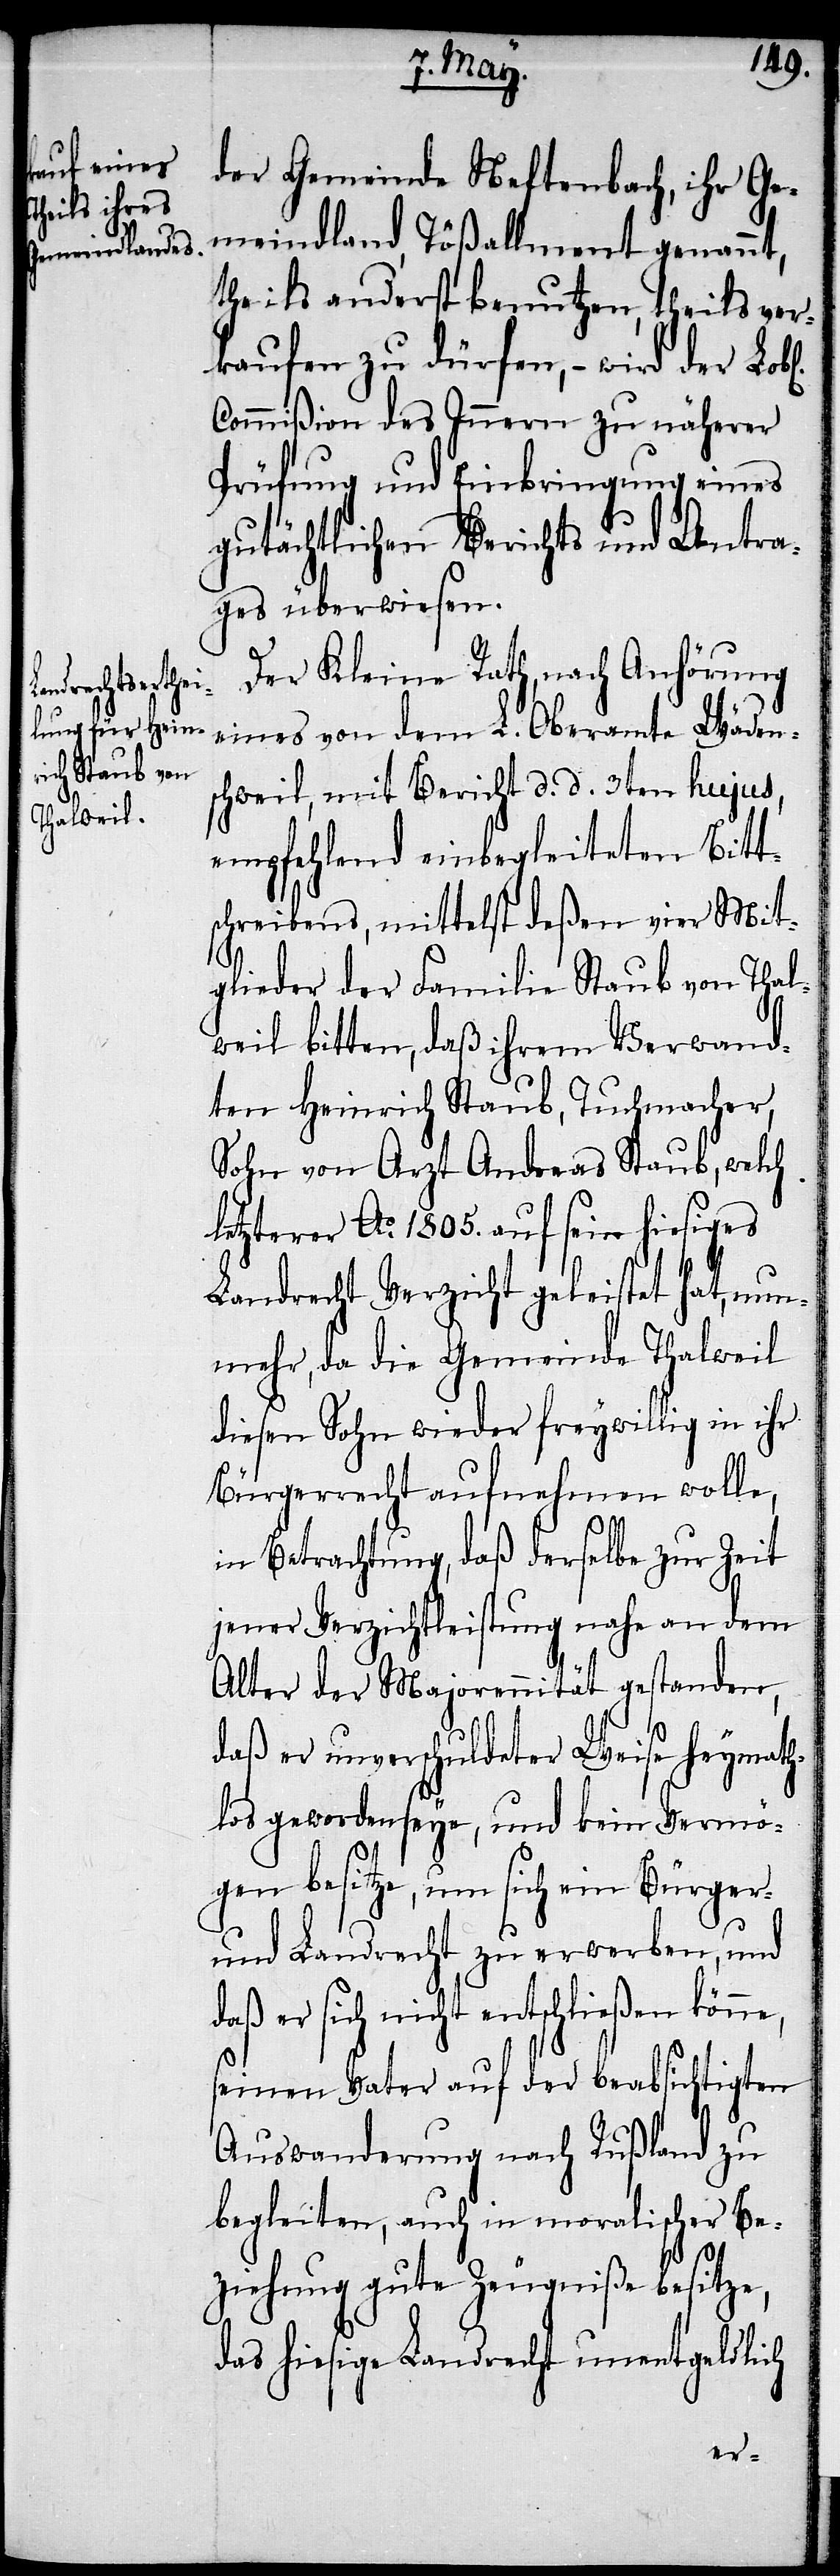
l[ichen]

der Gemeinde Neftenbach, ihr Ge¬
meindland Tößallment genannt,
theils anderst benutzen, theils ver¬
kaufen zu dürfen, – wird der Lob¬
Commißion des Innern zu näherer
Prüfung und Einbringung eines
gutächtlichen Berichts und Antra¬
ges überwiesen.
Der Kleine Rath, nach Anhörung
eines von dem L. Oberamte Wäden¬
schweil, mit Bericht d. d. 3ten hujus,
empfehlend einbegleiteten Bitt¬
schreibens, mittelst deßen vier Mit¬
glieder der Familie Staub von Thal¬
weil bitten, daß ihrem Verwand¬
ten Heinrich Staub, Tuchmacher,
Sohn von Arzt Andreas Staub, welch
letzterer Ao. 1805. auf sein hiesiges
Landrecht Verzicht geleistet hat, nun¬
mehr, da die Gemeinde Thalweil
diesen Sohn wieder freywillig in ihr
Bürgerrecht aufnehmen wolle,
in Betrachtung, daß derselbe zur Zeit
jener Verzichtleistung nahe an dem
Alter der Majorennität gestanden,
daß er unverschuldeter Weise heymath¬
los geworden seye, und kein Vermö¬
gen besitze, um sich ein Bürger-
und Landrecht zu erwerben, und
er sich nicht entschließen
seinen Vater auf der beabsichtigten
Auswanderung nach Rußland zu
begleiten, auch in moralischer Be¬
ziehung gute Zeugniße besitze,
das hiesige Landrecht unentgeldlich